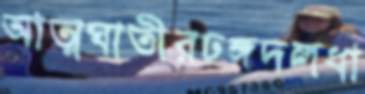
আত্মঘাতীরঢঙ্গদলধা